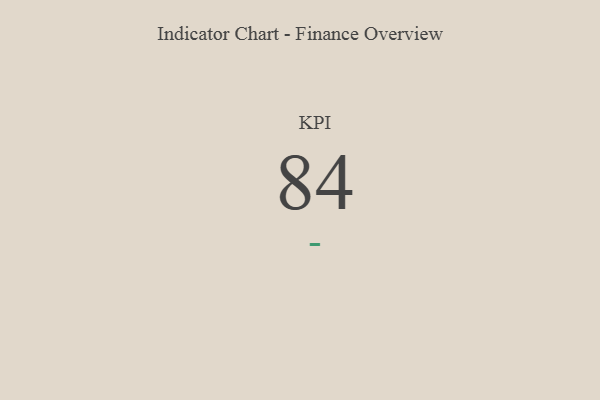
{"axis": {"x": "KPI", "y": "Value"}, "legend": [""], "data": [{"x": "KPI", "y": 84, "type": ""}]}